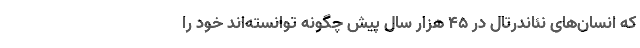
که انسان‌های نئاندرتال در ۴۵ هزار سال پیش چگونه توانسته‌اند خود را